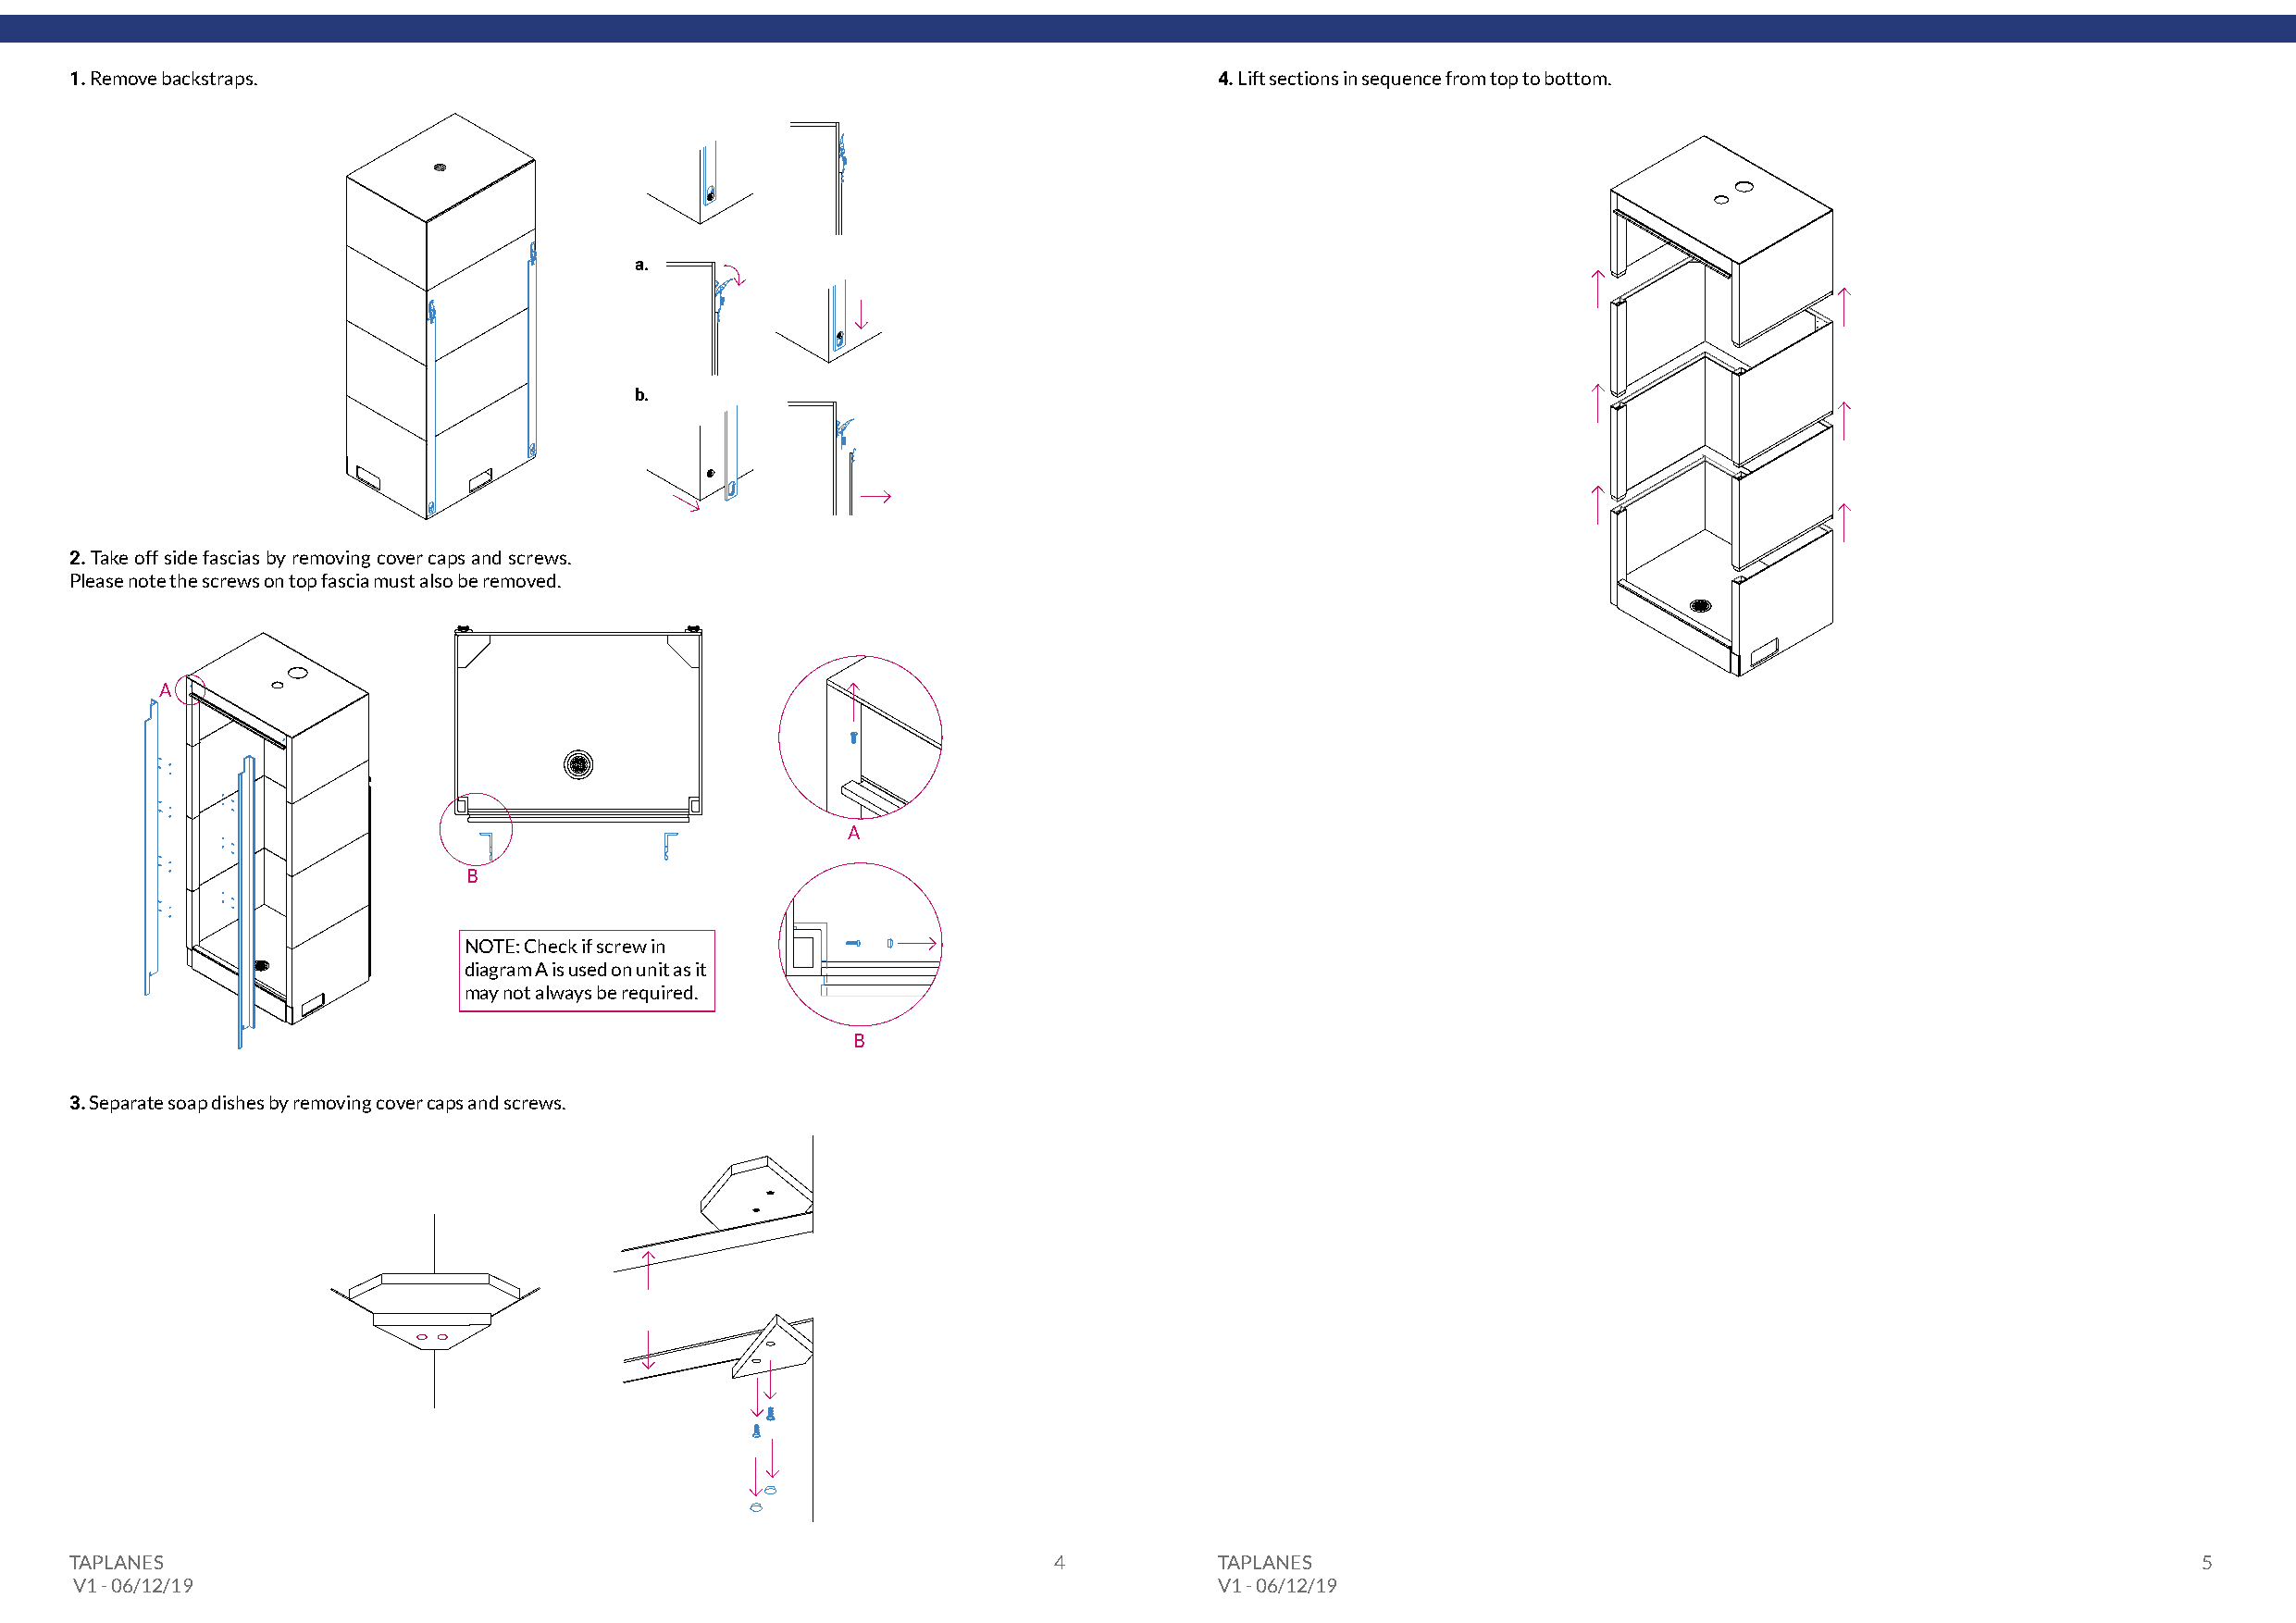
1. Remove backstraps.                                                             4. Lift sections in sequence from top to bottom.
 a.
 b.
 2. Take off side fascias by removing cover caps and screws.
 Please note the screws on top fascia must also be removed.
 A
 A
 B
 NOTE: Check if screw in
 diagram A is used on unit as it
 may not always be required.
 B
 3. Separate soap dishes by removing cover caps and screws.
 TAPLANES                                                              4           TAPLANES                                                              5
 V1 - 06/12/19                                                                     V1 - 06/12/19